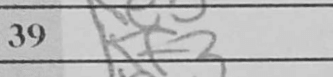
Transcription: Kf3